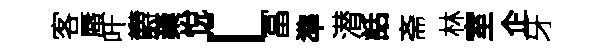
客蜃叶欝蘃悅「冨準潜話斋林室企牙